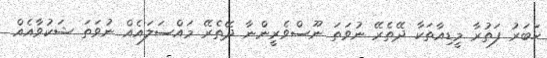
ހަބަރު ފަތުރާ މީޑިއާތަކާ ދޭތެރޭ ނުވަތަ ނޫސްވެރީންނާ ދޭތެރޭ މައްސަލައެއް ނުވަތަ ޝަކުވާއެއް